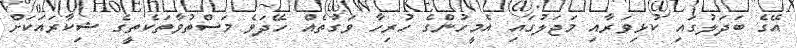
އޭގެ ބަދަލުގައި ކުޅިވަރާއި މަޖަލުގައި އެމީހުންގެ ހުރިހާ ވަގުތެއް ހޭދަވެ މަސްތުވާތަކެތީގެ ޝިކާރައަކަށް